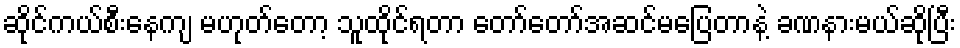
ဆိုင်ကယ်စီးနေကျ မဟုတ်တော့ သူထိုင်ရတာ တော်တော်အဆင်မပြေတာနဲ့ ခဏနားမယ်ဆိုပြီး